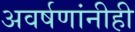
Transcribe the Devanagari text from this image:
अवर्षणांनीही